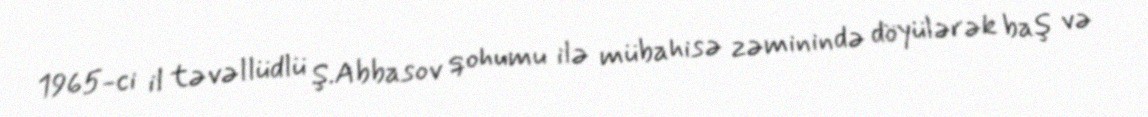
1965-ci il təvəllüdlü Ş.Abbasov qohumu ilə mübahisə zəminində döyülərək baş və